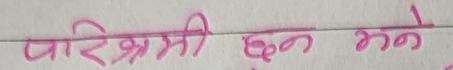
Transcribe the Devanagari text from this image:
परिश्रमी छन् भने